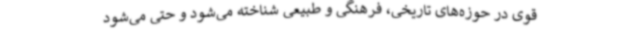
قوی در حوزه‌های تاریخی، فرهنگی و طبیعی شناخته می‌شود و حتی می‌شود